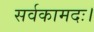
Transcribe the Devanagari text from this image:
सर्वकामदः।